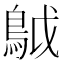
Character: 𩿠